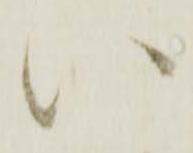
い